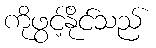
ကိုဖွင့်နိုင်သည်